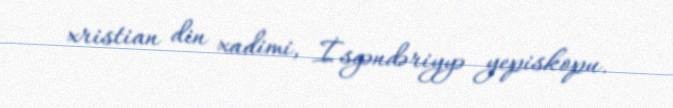
xristian din xadimi, İsgəndəriyyə yepiskopu.